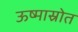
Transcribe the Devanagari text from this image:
ऊष्मास्रोत